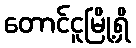
တောင်ငူမြို့ရှိ